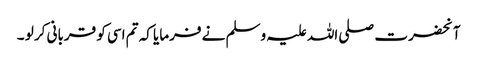
آنحضرت صلی اللہ علیہ وسلم نے فرمایا کہ تم اسی کو قربانی کر لو ۔